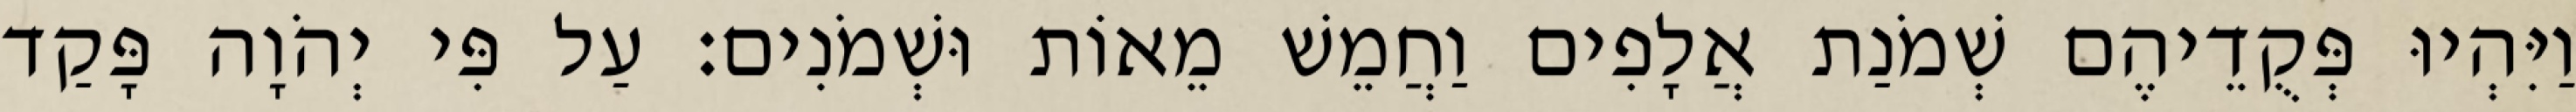
וַיִּהְיוּ פְּקֻדֵיהֶם שְׁמֹנַת אֲלָפִים וַחֲמֵשׁ מֵאוֹת וּשְׁמֹנִים׃ עַל פִּי יְהֹוָה פָּקַד